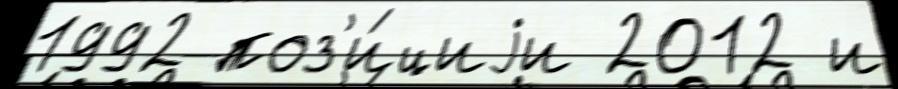
1992 поз'и́циjи 2012 и